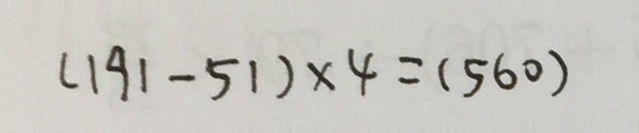
( 1 9 1 - 5 1 ) \times 4 = ( 5 6 0 )